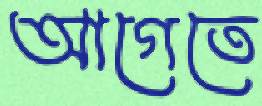
আগেতে